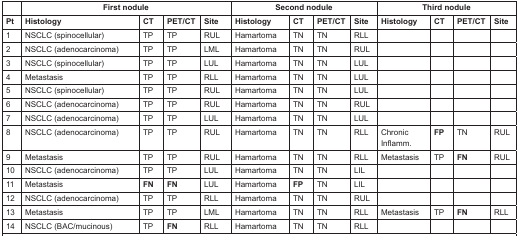
<table><thead><tr><td></td><td colspan="5"><b>First nodule</b></td><td colspan="4"><b>Second nodule</b></td><td colspan="4"><b>Third nodule</b></td></tr><tr><td><b>Pt</b></td><td><b>Histology</b></td><td><b>CT</b></td><td><b>PET/CT</b></td><td><b>Site</b></td><td><b>Histology</b></td><td><b>CT</b></td><td><b>PET/CT</b></td><td><b>Site</b></td><td><b>Histology</b></td><td><b>CT</b></td><td><b>PET/CT</b></td><td><b>Site</b></td></tr></thead><tbody><tr><td>1</td><td>NSCLC (spinocellular)</td><td>TP</td><td>TP</td><td>RUL</td><td>Hamartoma</td><td>TN</td><td>TN</td><td>RLL</td><td></td><td></td><td></td><td></td></tr><tr><td>2</td><td>NSCLC (adenocarcinoma)</td><td>TP</td><td>TP</td><td>LML</td><td>Hamartoma</td><td>TN</td><td>TN</td><td>RUL</td><td></td><td></td><td></td><td></td></tr><tr><td>3</td><td>NSCLC (spinocellular)</td><td>TP</td><td>TP</td><td>LUL</td><td>Hamartoma</td><td>TN</td><td>TN</td><td>LUL</td><td></td><td></td><td></td><td></td></tr><tr><td>4</td><td>Metastasis</td><td>TP</td><td>TP</td><td>RLL</td><td>Hamartoma</td><td>TN</td><td>TN</td><td>LUL</td><td></td><td></td><td></td><td></td></tr><tr><td>5</td><td>NSCLC (spinocellular)</td><td>TP</td><td>TP</td><td>RUL</td><td>Hamartoma</td><td>TN</td><td>TN</td><td>LUL</td><td></td><td></td><td></td><td></td></tr><tr><td>6</td><td>NSCLC (adenocarcinoma)</td><td>TP</td><td>TP</td><td>RUL</td><td>Hamartoma</td><td>TN</td><td>TN</td><td>RUL</td><td></td><td></td><td></td><td></td></tr><tr><td>7</td><td>NSCLC (adenocarcinoma)</td><td>TP</td><td>TP</td><td>LUL</td><td>Hamartoma</td><td>TN</td><td>TN</td><td>LUL</td><td></td><td></td><td></td><td></td></tr><tr><td>8</td><td>NSCLC (adenocarcinoma)</td><td>TP</td><td>TP</td><td>RUL</td><td>Hamartoma</td><td>TN</td><td>TN</td><td>RLL</td><td>Chronic Inflamm.</td><td><b>FP</b></td><td>TN</td><td>RUL</td></tr><tr><td>9</td><td>Metastasis</td><td>TP</td><td>TP</td><td>RUL</td><td>Hamartoma</td><td>TN</td><td>TN</td><td>RLL</td><td>Metastasis</td><td>TP</td><td><b>FN</b></td><td>RUL</td></tr><tr><td>10</td><td>NSCLC (adenocarcinoma)</td><td>TP</td><td>TP</td><td>LUL</td><td>Hamartoma</td><td>TN</td><td>TN</td><td>LIL</td><td></td><td></td><td></td><td></td></tr><tr><td>11</td><td>Metastasis</td><td><b>FN</b></td><td><b>FN</b></td><td>LUL</td><td>Hamartoma</td><td><b>FP</b></td><td>TN</td><td>LIL</td><td></td><td></td><td></td><td></td></tr><tr><td>12</td><td>NSCLC (adenocarcinoma)</td><td>TP</td><td>TP</td><td>RLL</td><td>Hamartoma</td><td>TN</td><td>TN</td><td>RUL</td><td></td><td></td><td></td><td></td></tr><tr><td>13</td><td>Metastasis</td><td>TP</td><td>TP</td><td>LML</td><td>Hamartoma</td><td>TN</td><td>TN</td><td>RLL</td><td>Metastasis</td><td>TP</td><td><b>FN</b></td><td>RLL</td></tr><tr><td>14</td><td>NSCLC (BAC/mucinous)</td><td>TP</td><td><b>FN</b></td><td>RLL</td><td>Hamartoma</td><td>TN</td><td>TN</td><td>RLL</td><td></td><td></td><td></td><td></td></tr></tbody></table>